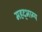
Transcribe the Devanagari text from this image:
महद्‌भाग्य